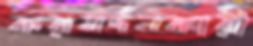
করমর্দনকারী